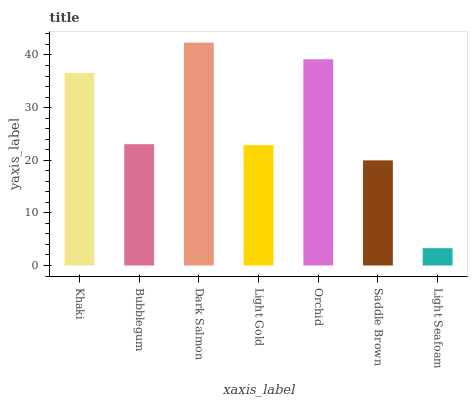
| xaxis_label | bars |
 | --- | --- |
 | Khaki | 36.6 |
 | Bubblegum | 23 |
 | Dark Salmon | 42.3 |
 | Light Gold | 22.9 |
 | Orchid | 39.2 |
 | Saddle Brown | 20 |
 | Light Seafoam | 3.29 |